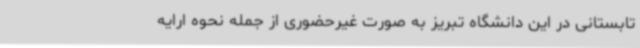
تابستانی در این دانشگاه‌ تبریز به صورت غیرحضوری از جمله نحوه ارایه